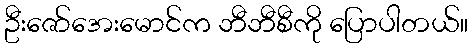
ဦးဇော်အေးမောင်က ဘီဘီစီကို ပြောပါတယ်။